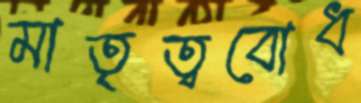
মাতৃত্ববোধ